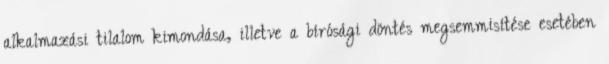
alkalmazási tilalom kimondása, illetve a bírósági döntés megsemmisítése esetében